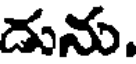
దును.